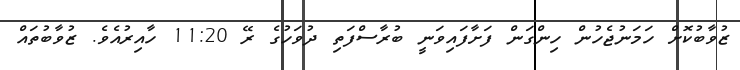
ޒުވާބުކޮށް ހަމަނުޖެހުން ހިންގަން ފަށާފައިވަނީ ބުރާސްފަތި ދުވަހުގެ ރޭ 11:20 ހާއިރުއެވެ. ޒުވާބުތައް